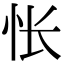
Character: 怅